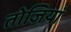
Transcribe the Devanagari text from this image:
तोजियां